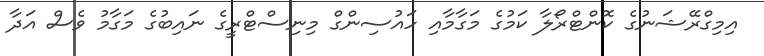
އިމިގްރޭޝަނުގެ ކޮންޓްރޯލާ ކަމުގެ މަގާމާއި ހައުސިންގް މިނިސްޓްރީގެ ނައިބުގެ މަގާމު ވެސް އަދާ